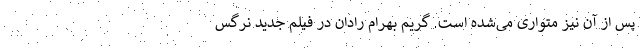
پس از آن نیز متواری می‌شده است. گریم بهرام رادان در فیلم جدید نرگس